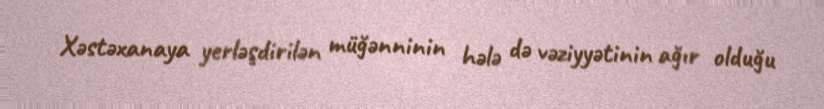
Xəstəxanaya yerləşdirilən müğənninin hələ də vəziyyətinin ağır olduğu